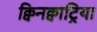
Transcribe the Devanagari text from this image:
क्विनक्वाट्रिया